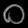
Digit: ၀